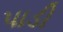
પાડી